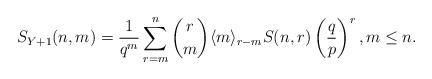
LaTeX: \begin{align*} S_{Y+1}(n,m)=\dfrac{1}{q^m}\sum_{r=m}^n \binom{r}{m}\langle m \rangle_{r-m}S(n,r) \left (\dfrac{q}{p}\right )^r,m\leq n.\end{align*}